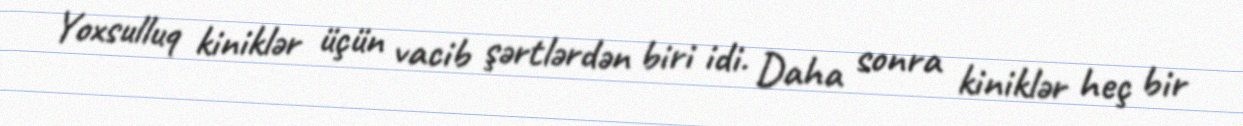
Yoxsulluq kiniklər üçün vacib şərtlərdən biri idi. Daha sonra kiniklər heç bir